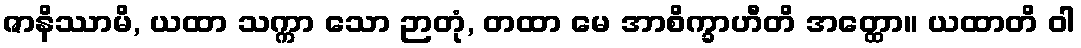
ဇာနိဿာမိ, ယထာ သက္ကာ သော ဉာတုံ, တထာ မေ အာစိက္ခာဟီတိ အတ္ထော။ ယထာတိ ဝါ